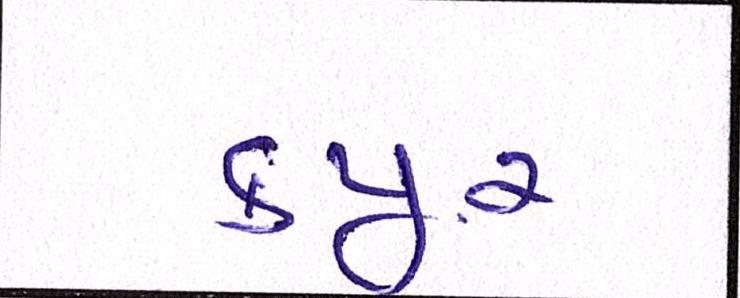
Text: કપૂર